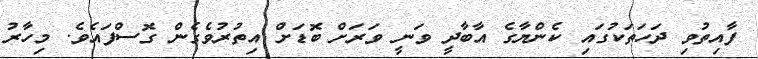
ފާއިތުވި ދަހަތަކުގައި ކެންޔާގެ އާބާދީ ވަނީ ވަރަށް ބޮޑަށް އިތުރުވެގެން ގޮސްފައެވެ. މިހާރު